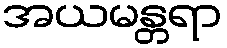
အယမန္တရာ